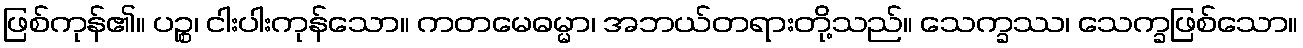
ဖြစ်ကုန်၏။ ပဉ္စ၊ ငါးပါးကုန်သော။ ကတမေဓမ္မာ၊ အဘယ်တရားတို့သည်။ သေက္ခဿ၊ သေက္ခဖြစ်သော။